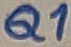
Text: Q1